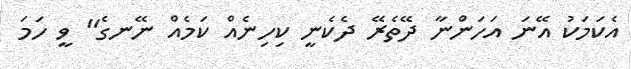
އެކަމަކު އޭނަ އަހަންނާ ދޭތެރޭ ދެކެނީ ކިހިނެއް ކަމެއް ނޭނގެ'' ވީ ހަމަ